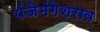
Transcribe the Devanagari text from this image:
पंजेमंगेशराव